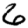
Digit: 6